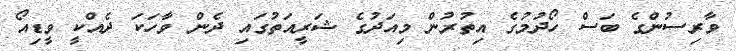
ވާރިސުންގެ ބަސް ހޯދުމުގެ އިތުރުން މިއަދުގެ ޝަރީއަތުގައި ދެން ވާހަކަ ދެއްކީ ވީޑިއޯ